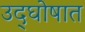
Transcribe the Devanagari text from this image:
उद्‌घोषात